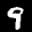
Digit: 9